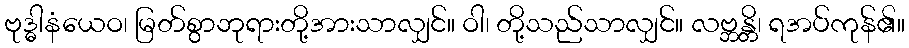
ဗုဒ္ဓါနံယေဝ၊ မြတ်စွာဘုရားတို့အားသာလျှင်။ ဝါ၊ တို့သည်သာလျှင်။ လဗ္ဘန္တိ၊ ရအပ်ကုန်၏။